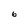
Character: 6